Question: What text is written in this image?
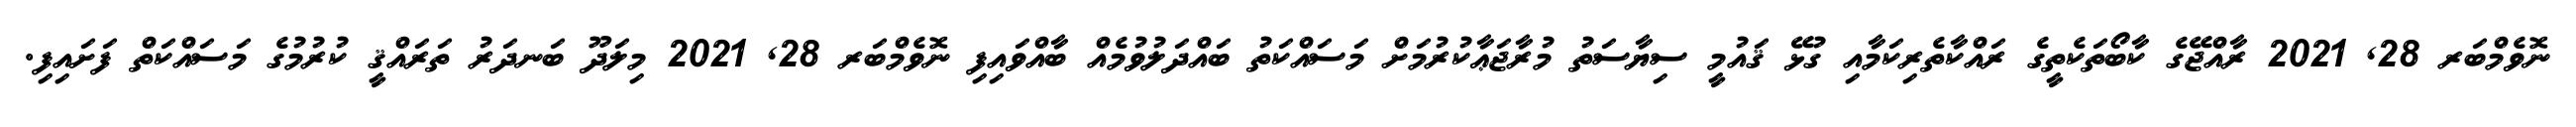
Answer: ނޮވެމްބަރ 28, 2021 ރާއްޖޭގެ ކާބޯތަކެތީގެ ރައްކާތެރިކަމާއި ގުޅޭ ޤައުމީ ސިޔާސަތު މުރާޖަޢާކުރުމަށް މަސައްކަތު ބައްދަލުވުމެއް ބާއްވައިފި ނޮވެމްބަރ 28, 2021 މިލަދޫ ބަނދަރު ތަރައްޤީ ކުރުމުގެ މަސައްކަތް ފަށައިފި.